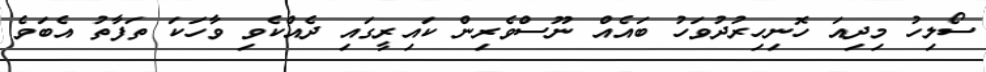
ސޯލިހު މިދިއަ ހޮނިހިރުދުވަހު ބައެއް ނޫސްވެރިން ކައިރީގައި ދެއްކެވި ވާހަކަ ތަފާތު އެބަވެ